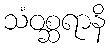
သံဝစ္ဆရာနိ